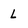
Character: l